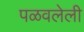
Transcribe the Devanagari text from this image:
पळवलेली